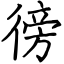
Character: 徬